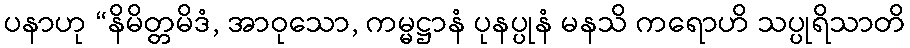
ပနာဟု “နိမိတ္တမိဒံ, အာဝုသော, ကမ္မဋ္ဌာနံ ပုနပ္ပုနံ မနသိ ကရောဟိ သပ္ပုရိသာတိ